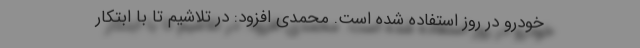
خودرو در روز استفاده شده است. محمدی افزود: در تلاشیم تا با ابتکار